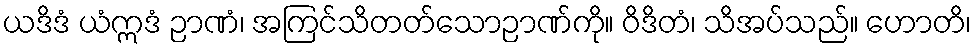
ယဒိဒံ ယံဣဒံ ဉာဏံ၊ အကြင်သိတတ်သောဉာဏ်ကို။ ဝိဒိတံ၊ သိအပ်သည်။ ဟောတိ၊